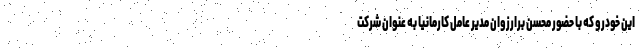
این خودرو که با حضور محسن برارزوان مدیر عامل کارمانیا به عنوان شرکت